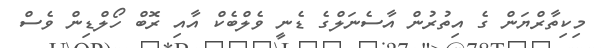
މިކިތާރްޔަން ގެ އިތުރުން އާސެނަލްގެ ޑެނީ ވެލްބެކް އާއި ރޮބް ހޯލްޑިން ވެސް